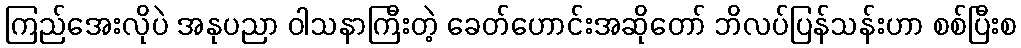
ကြည်အေးလိုပဲ အနုပညာ ဝါသနာကြီးတဲ့ ခေတ်ဟောင်းအဆိုတော် ဘိလပ်ပြန်သန်းဟာ စစ်ပြီးစ